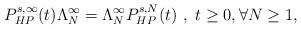
LaTeX: \begin{align*}P_{HP}^{s,\infty}(t)\Lambda_N^{\infty}=\Lambda_N^{\infty}P_{HP}^{s,N}(t) \ ,\ t \ge 0, \forall N\ge 1 ,\end{align*}